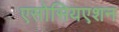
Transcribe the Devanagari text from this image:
एसोसियएशन